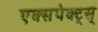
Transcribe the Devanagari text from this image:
एक्सपेक्ट्स्